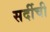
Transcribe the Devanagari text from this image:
सर्दीची